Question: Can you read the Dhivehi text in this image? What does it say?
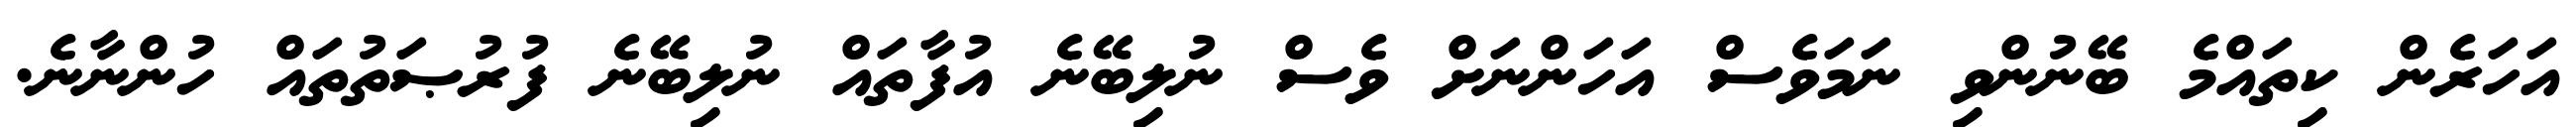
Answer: އަހަރެން ކިތައްމެ ބޭނުންވި ނަމަވެސް އަހަންނަށް ވެސް ނުލިބޭނެ އުފާތައް ނުލިބޭނެ ފުރުޞަތުތައް ހުންނާނެ.